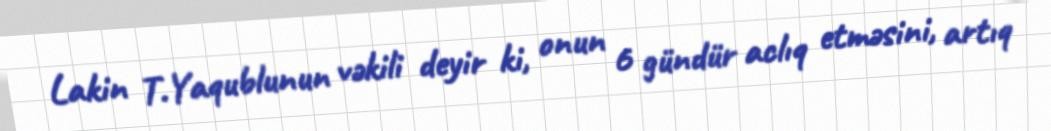
Lakin T.Yaqublunun vəkili deyir ki, onun 6 gündür aclıq etməsini, artıq